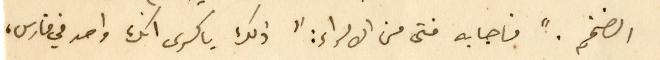
الضخم." فاجابه فتى من الامراء: "ذلك يا كسرى انك واحد في فارس،